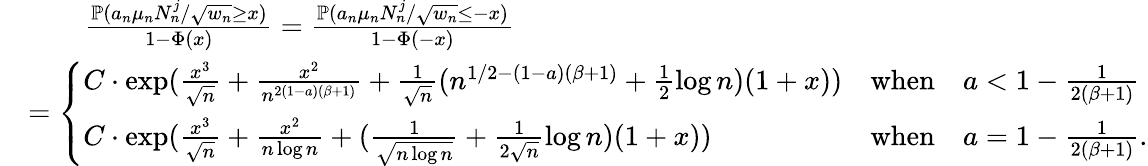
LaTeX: \begin{array}{rl}&{\quad\quad\frac{\mathbb{P}(a_{n}\mu_{n}N_{n}^{j}/\sqrt{w_{n}}\geq x)}{1-\Phi(x)}=\frac{\mathbb{P}(a_{n}\mu_{n}N_{n}^{j}/\sqrt{w_{n}}\leq-x)}{1-\Phi(-x)}}\\ &{=\left\{ \begin{array}{ll}{C\cdot\exp(\frac{x^{3}}{\sqrt{n}}+\frac{x^{2}}{n^{2(1-a)(\beta+1)}}+\frac{1}{\sqrt{n}}(n^{1/2-(1-a)(\beta+1)}+\frac{1}{2}\log n)(1+x))}&{\mathrm{when}\quad a<1-\frac{1}{2(\beta+1)}}\\ {C\cdot\exp(\frac{x^{3}}{\sqrt{n}}+\frac{x^{2}}{n\log n}+(\frac{1}{\sqrt{n\log n}}+\frac{1}{2\sqrt{n}}\log n)(1+x))}&{\mathrm{when}\quad a=1-\frac{1}{2(\beta+1)}.}\end{array}\right.}\end{array}